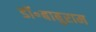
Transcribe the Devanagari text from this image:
डॉ॰बाबुराम